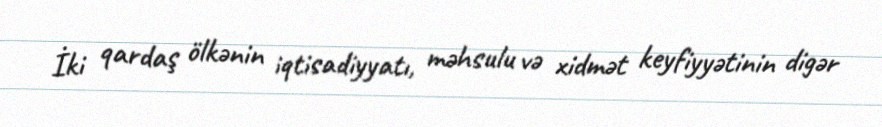
İki qardaş ölkənin iqtisadiyyatı, məhsulu və xidmət keyfiyyətinin digər